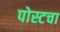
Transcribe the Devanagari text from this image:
पोस्टचा